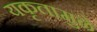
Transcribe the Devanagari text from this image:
यकृतामुळे